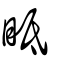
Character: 眡